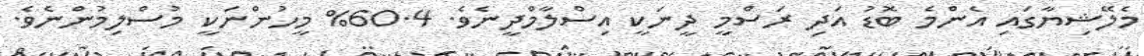
މެލޭޝިޔާގައި އެންމެ ބޮޑު އަދި ރަސްމީ ދީނަކީ އިސްލާމްދީނެވެ. 60.4% މީހުންނަކީ މުސްލިމުންނެވެ.